Annual administration report of the Civil Veterinary Department of India - 1897-1898
Year: 1897
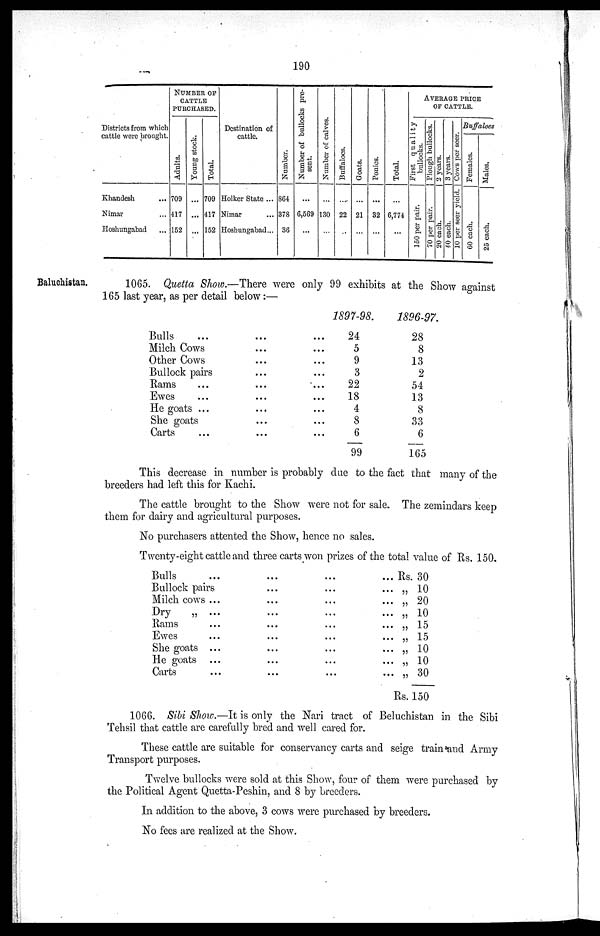
190
Districts from which
cattle were brought.
Khandesh
...
Nimar ...
Hoshungabad ...
NUMBER OF
CATTLE
PURCHASED.
Adul t
s .
709
417
152
Young
stock
...
...
...
Tot al .
709
417
152
Destination of
cattle.
Holker State . . .
Nimar ...
Hoshungabad . . .
Numbe r
.
864
378
36
Number
of bullocks pre-
sent. ...
6,569
...
Number
of calves. ...
130
...
Buffaloes
...
22
...
Goat s .
...
21
...
Poni es .
...
32
...
Total.
...
6,774
...
AVERAGE PRICE
OF CATTLE.
First quality
bullocks.
150 per pair.
Plough bullock
70 per pair.
2 years.
20 each.
3 years.
40 each.
Cows per seer.
10 per seer yield.
Buffaloes
Fe ma l
e s .
60 each.
Mal es .
25 each.
Baluchistan.
1065. Quetta Show.—There were only 99 exhibits at the Show against
165 last year, as per detail below:—
Bulls ... ... ...
Milch Cows
...
...
Other Cows
...
...
Bullock pairs
...
...
Rams
...
...
...
Ewes
...
...
...
He goats . . .
...
...
She goats
...
...
Carts
...
... ...
1897-98.
24
5
9
3
22
18
4
8
6
99
1896-97.
28
8
13
2
54
13
8
33
6
165
This decrease in number is probably due to the fact that many of the
breeders had left this for Kachi.
The cattle brought to the Show were not for sale. The zemindars keep
them for dairy and agricultural purposes.
No purchasers attented the Show, hence no sales.
Twenty-eight cattle and three carts won prizes of the total value of Rs. 150.
Bulls ... ... ... ...
Bullock pairs ... ... ...
Milch cows ... ... ... ...
Dry
„... ... ... ...
Rams ... ... ... ...
Ewes ... ... ... ...
She goats ... ... ... ...
He goats ... ... ... ...
Carts...
...
... ...
Rs. 30
„ 10
„ 20
„ 10
„ 15
„ 15
„ 10
„ 10
„ 30
Rs. 150
1066. Sibi Show.—It is only the Nari tract of Beluchistan in the Sibi
Tehsil that cattle are carefully bred and well cared for.
These cattle are suitable for conservancy carts and seige train and Army
Transport purposes.
Twelve bullocks were sold at this Show, four of them were purchased by
the Political Agent Quetta-Peshin, and 8 by breeders.
In addition to the above, 3 cows were purchased by breeders.
No fees are realized at the Show.